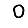
Digit: 0